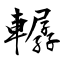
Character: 轏